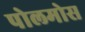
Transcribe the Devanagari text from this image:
पोलमोस